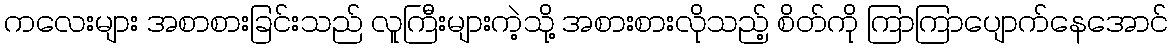
ကလေးများ အစာစားခြင်းသည် လူကြီးများကဲ့သို့ အစားစားလိုသည့် စိတ်ကို ကြာကြာပျောက်နေအောင်